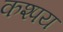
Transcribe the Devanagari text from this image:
कश्पय